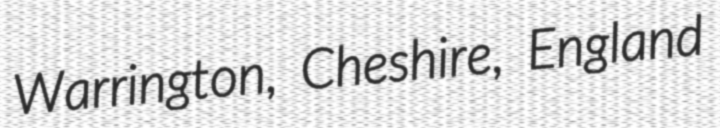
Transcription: Warrington, Cheshire, England